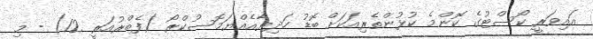
އައިވަރީ ކޯސްޓުގެ ކޮންމެ ކުޅުންތެރިއަކަށް ބޮޑު ހަދިޔާއެއްޔަމޮސުކްރޯ (ފެބްރުއަރީ 12) - މި